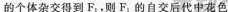
的个体杂交得到F_{1}，则F_{1}的自交后代中花色